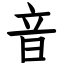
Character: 音